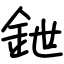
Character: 鉪